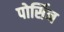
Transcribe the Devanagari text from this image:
पोर्सिन